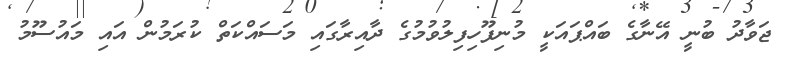
ޖަވާދު ބުނީ އޭނާގެ ބައްޕައަކީ މުނިފޫހިފިލުވުމުގެ ދާއިރާގައި މަސައްކަތް ކުރަމުން އައި މައުސޫމު